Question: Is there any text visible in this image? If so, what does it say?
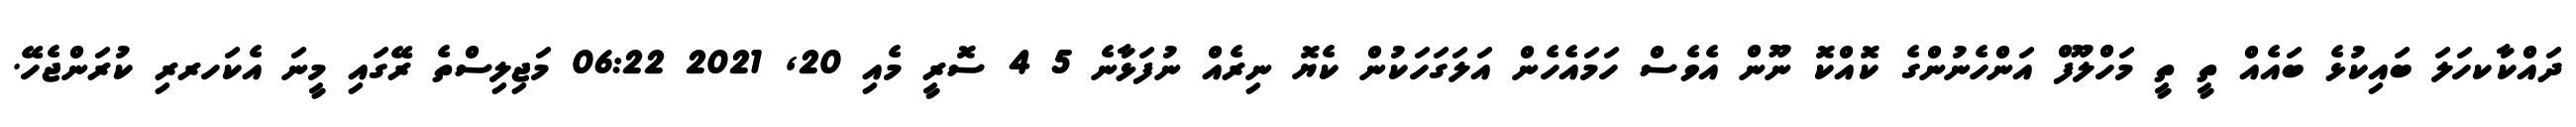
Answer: ދައްކާކހަލަ ބައިކުޅެ ބައެއް ތީ ތީ މަހްލޫފް އަންހެނުންގެ ކޮއްކޮ ނޫން އެވެސް ހަމައެހެން އަލަގަހަކުން ކެޔޮ ނިރެއް ނުފަޅާނެ 5 4 ސޮރީ މެއި 20, 2021 06:22 މަޖިލިސްތެ ރޭގައި މީނަ އެކަހރރި ކުރަންޖެހޭ.